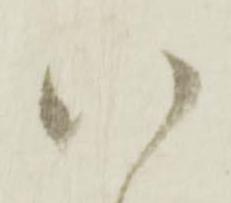
八